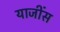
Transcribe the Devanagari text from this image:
याजींस